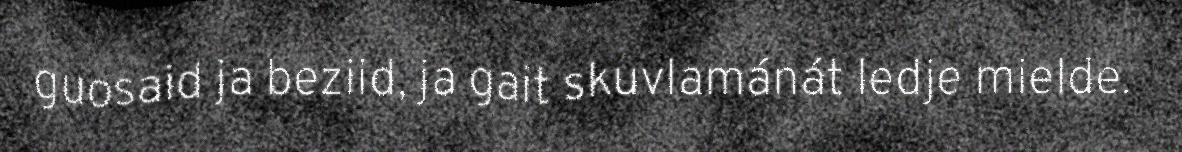
guosaid ja beziid, ja gait skuvlamánát ledje mielde.